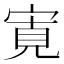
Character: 𡩖